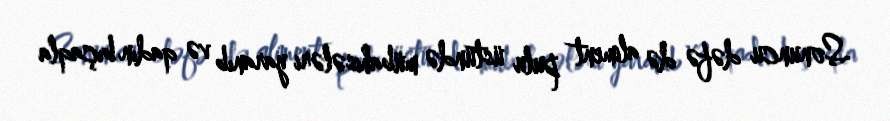
Sonuncu dəfə də aliment pulu üstündə mübahisələri yaranıb və qadın bıçaqla